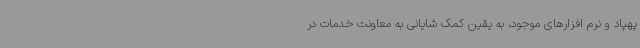
پهپاد و نرم افزارهای موجود، به یقین کمک شایانی به معاونت خدمات در